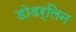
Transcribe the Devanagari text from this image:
डोडर्लिन